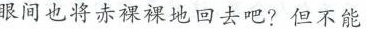
眼间也将赤裸裸地回去吧?但不能